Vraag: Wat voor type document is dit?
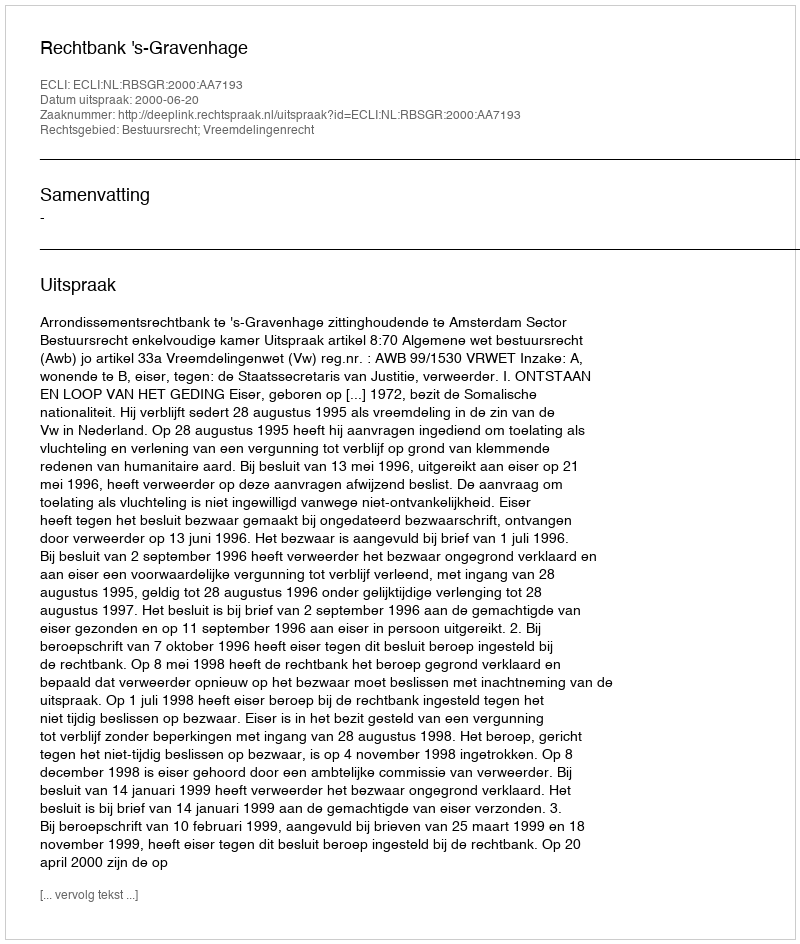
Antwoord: Uitspraak